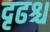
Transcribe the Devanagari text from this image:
दृढश्च